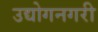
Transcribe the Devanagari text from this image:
उद्योगनगरी